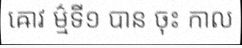
ឝោវ ម៌្មទី១ បាន ចុះ កាល